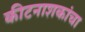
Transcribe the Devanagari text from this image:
कीटनाशकांचा